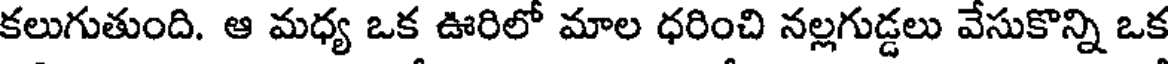
కలుగుతుంది. ఆ మధ్య ఒక ఊరిలో మాల ధరించి నల్లగుడ్డలు వేసుకొన్ని ఒక